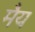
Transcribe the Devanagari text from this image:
मैय